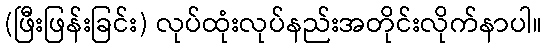
(ဖြီးဖြန်းခြင်း) လုပ်ထုံးလုပ်နည်းအတိုင်းလိုက်နာပါ။